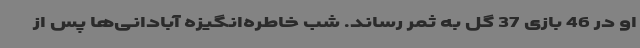
او در 46 بازی 37 گل به ثمر رساند. شب خاطره‌انگیزه آبادانی‌ها پس از